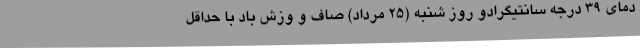
دمای 39 درجه سانتیگرادو روز شنبه (25 مرداد) صاف و وزش باد با حداقل